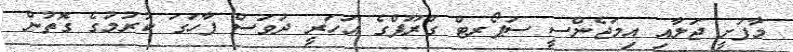
މާފުށީ ޖަލާއި އިމަޖެންސީ ސަޕޯރޓް ގްރޫޕްގެ އަހަރީ ދުވަސް ފާހަގަ ކުރުމުގެ ގޮތުން